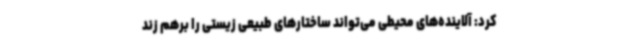
کرد: آلاینده‌های محیطی می‌تواند ساختارهای طبیعی زیستی را برهم زند